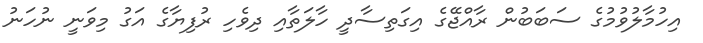
އިހުމާލުވުމުގެ ސަބަބުން ރާއްޖޭގެ އިގަތިސާދީ ހާލަތާއި ދިވެހި ރުފިޔާގެ އަގު މިވަނީ ނުހަނު